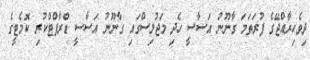
ދިވެހިރާއްޖޭގެ ފުރަތަމަ ގާނޫނު އަސާސީ ހެދި މަޖުލިސްގައި ގާނޫނު އަސާސީ ޑްރާފްޓްކުރި ކޮމެޓީގެ